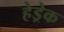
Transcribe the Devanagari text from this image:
हेड्रेक